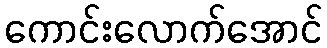
ကောင်းလောက်အောင်